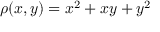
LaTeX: \rho ( x , y ) = x ^ { 2 } + x y + y ^ { 2 }